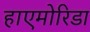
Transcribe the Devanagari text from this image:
हाएमोरिडा